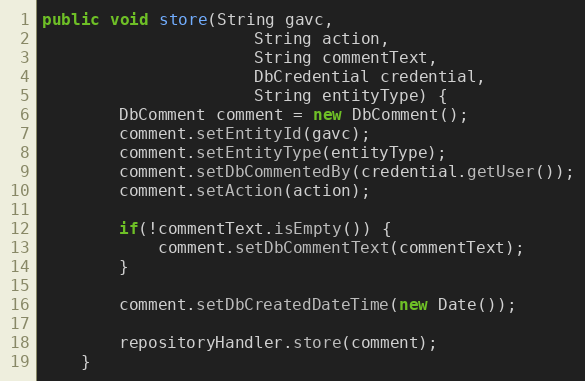
Language: Java
public void store(String gavc,
                      String action,
                      String commentText,
                      DbCredential credential,
                      String entityType) {
        DbComment comment = new DbComment();
        comment.setEntityId(gavc);
        comment.setEntityType(entityType);
        comment.setDbCommentedBy(credential.getUser());
        comment.setAction(action);

        if(!commentText.isEmpty()) {
            comment.setDbCommentText(commentText);
        }

        comment.setDbCreatedDateTime(new Date());

        repositoryHandler.store(comment);
    }